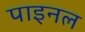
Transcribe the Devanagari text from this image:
पाइनल